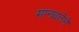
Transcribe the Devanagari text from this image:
मानवतेने